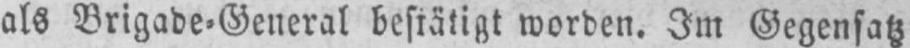
als Brigade⸗General bestätigt worden. Im Gegensatz